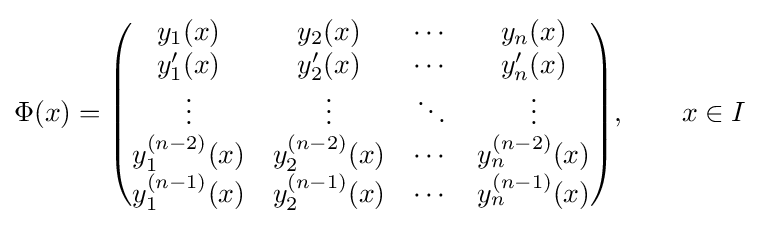
\Phi (x)={\begin{pmatrix}y_{1}(x)&y_{2}(x)&\cdots &y_{n}(x)\\y'_{1}(x)&y'_{2}(x)&\cdots &y'_{n}(x)\\\vdots &\vdots &\ddots &\vdots \\y_{1}^{(n-2)}(x)&y_{2}^{(n-2)}(x)&\cdots &y_{n}^{(n-2)}(x)\\y_{1}^{(n-1)}(x)&y_{2}^{(n-1)}(x)&\cdots &y_{n}^{(n-1)}(x)\end{pmatrix}},\qquad x\in I